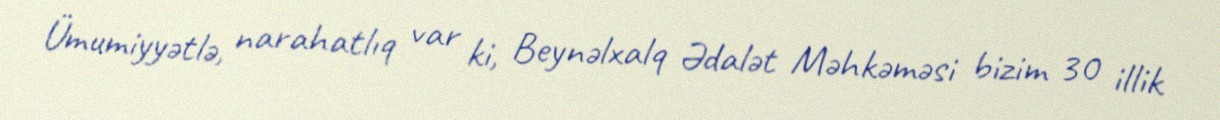
Ümumiyyətlə, narahatlıq var ki, Beynəlxalq Ədalət Məhkəməsi bizim 30 illik